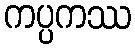
ကပ္ပကဿ